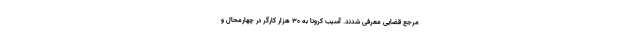
مرجع قضایی معرفی شدند. آسیب کرونا به ۳۰ هزار کارگر در چهارمحال و